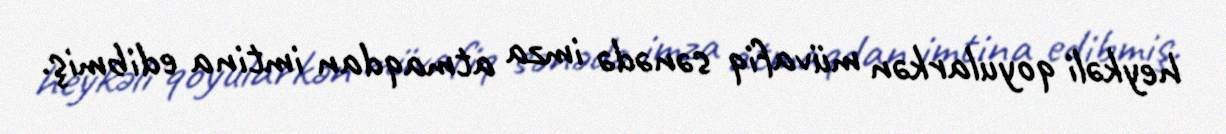
heykəli qoyularkən müvafiq sənədə imza atmaqdan imtina edibmiş.